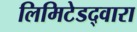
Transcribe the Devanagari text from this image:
लिमिटेडद्वारा